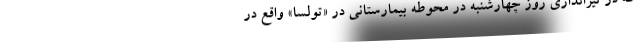
که در تیراندازی روز چهارشنبه در محوطه بیمارستانی در «تولسا» واقع در